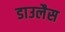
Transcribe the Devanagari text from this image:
डाउलैस